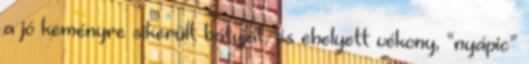
a jó keményre sikerült bátyját, és ehelyett vékony, “nyápic”